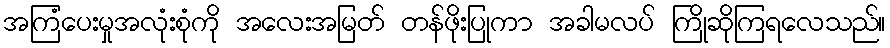
အကြံပေးမှုအလုံးစုံကို အလေးအမြတ် တန်ဖိုးပြုကာ အခါမလပ် ကြိုဆိုကြရလေသည်။